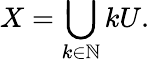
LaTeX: X=\bigcup_{k\in\mathbb{N}}kU.